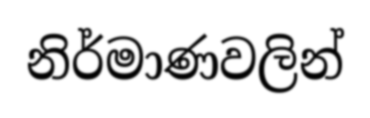
නිර්මාණවලින්